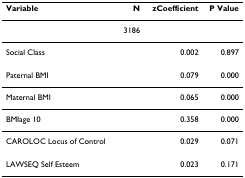
<table><thead><tr><td><b>Variable</b></td><td><b>N</b></td><td><b>zCoefficient</b></td><td><b>P Value</b></td></tr></thead><tbody><tr><td></td><td>3186</td><td></td><td></td></tr><tr><td>Social Class</td><td></td><td>0.002</td><td>0.897</td></tr><tr><td>Paternal BMI</td><td></td><td>0.079</td><td>0.000</td></tr><tr><td>Maternal BMI</td><td></td><td>0.065</td><td>0.000</td></tr><tr><td>BMIage 10</td><td></td><td>0.358</td><td>0.000</td></tr><tr><td>CAROLOC Locus of Control</td><td></td><td>0.029</td><td>0.071</td></tr><tr><td>LAWSEQ Self Esteem</td><td></td><td>0.023</td><td>0.171</td></tr></tbody></table>